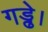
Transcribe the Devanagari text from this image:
गड्ढे।